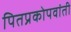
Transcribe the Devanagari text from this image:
पितप्रकोपवांती